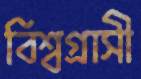
বিশ্বগ্রাসী